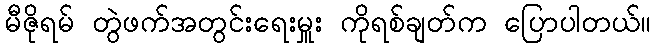
မီဇိုရမ် တွဲဖက်အတွင်းရေးမှူး ကိုရစ်ချတ်က ပြောပါတယ်။